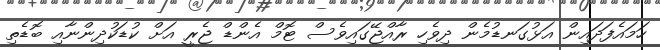
ހަމައެފަދައިން އަޅުގަނޑުމެން ދިވެހި ރާއްޖޭގައިވެސް ޓޮމް އެންޑް ޖެރީ އަށް ކުޑަކުދިންނާއި ބޮޑެތި